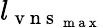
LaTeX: l_{\mathrm{~v~n~s~}_{\mathrm{~m~a~x~}}}